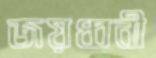
জয়ধ্বনী